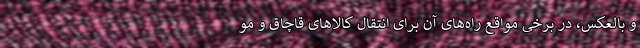
و بالعکس، در برخی مواقع راه‌های آن برای انتقال کالاهای قاچاق و مو